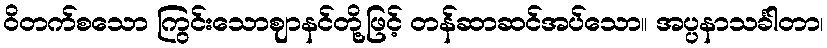
ဝိတက်စသော ကြွင်းသောဈာနင်တို့ဖြင့် တန်ဆာဆင်အပ်သော။ အပ္ပနာသင်္ခါတာ၊